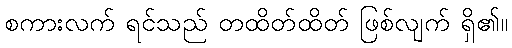
စကားလက် ရင်သည် တထိတ်ထိတ် ဖြစ်လျက် ရှိ၏။